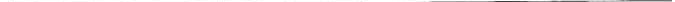
___